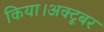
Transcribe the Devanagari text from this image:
किया।अक्टूबर